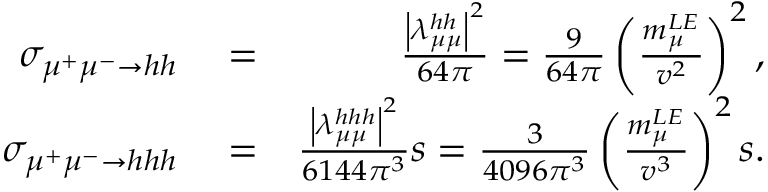
\begin{array} { r l r } { \sigma _ { \mu ^ { + } \mu ^ { - } \to h h } } & { { } = } & { \frac { \left| \lambda _ { \mu \mu } ^ { h h } \right| ^ { 2 } } { 6 4 \pi } = \frac { 9 } { 6 4 \pi } \left( \frac { m _ { \mu } ^ { L E } } { v ^ { 2 } } \right) ^ { 2 } , } \\ { \sigma _ { \mu ^ { + } \mu ^ { - } \to h h h } } & { { } = } & { \frac { \left| \lambda _ { \mu \mu } ^ { h h h } \right| ^ { 2 } } { 6 1 4 4 \pi ^ { 3 } } s = \frac { 3 } { 4 0 9 6 \pi ^ { 3 } } \left( \frac { m _ { \mu } ^ { L E } } { v ^ { 3 } } \right) ^ { 2 } s . } \end{array}